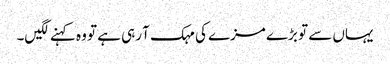
یہاں سے تو بڑے مزے کی مہک آ رہی ہے تو وہ کہنے لگیں۔